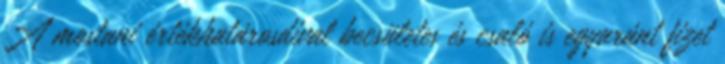
A mostani értékhatárosdival becsületes és csaló is egyaránt fizet